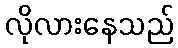
လိုလားနေသည်